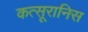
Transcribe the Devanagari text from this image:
कत्सूरानिस